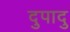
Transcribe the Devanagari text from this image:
दुपादु